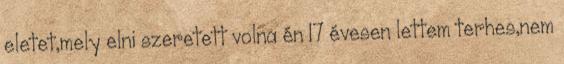
eletet,mely elni szeretett volna én 17 évesen lettem terhes,nem